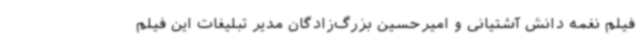
فیلم نغمه دانش آشتیانی و امیرحسین بزرگ‌زادگان مدیر تبلیغات این فیلم